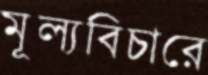
মূল্যবিচারে